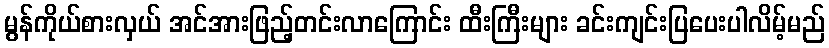
မွန်ကိုယ်စားလှယ် အင်အားဖြည့်တင်းလာကြောင်း ထီးကြီးများ ခင်းကျင်းပြပေးပါလိမ့်မည်